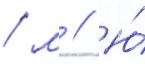
/ м // Ю́